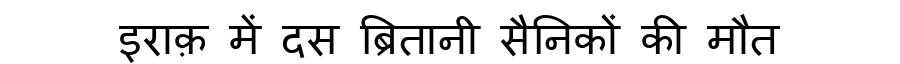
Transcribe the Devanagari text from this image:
इराक़ में दस ब्रितानी सैनिकों की मौत